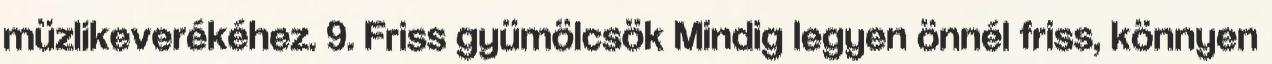
müzlikeverékéhez. 9. Friss gyümölcsök Mindig legyen önnél friss, könnyen